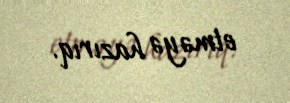
etməyə hazırıq.